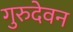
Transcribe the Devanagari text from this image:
गुरुदेवन